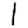
Digit: 1